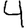
Digit: 4